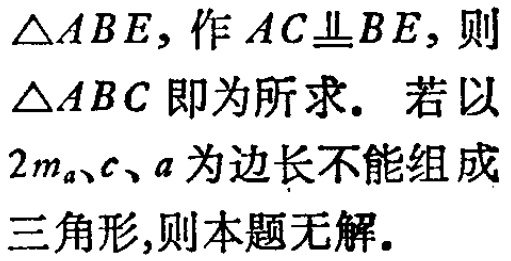
$\triangle ABE$，作$AC\bot BE$，则

$\triangle ABC$即为所求. 若以

$2m_{a}、c、a$为边长不能组成

三角形,则本题无解.